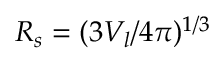
R _ { s } = ( 3 V _ { l } / 4 \pi ) ^ { 1 / 3 }